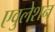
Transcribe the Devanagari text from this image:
एवुलेशन